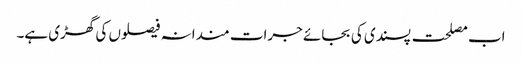
اب مصلحت پسندی کی بجائے جرات مندانہ فیصلوں کی گھڑی ہے۔